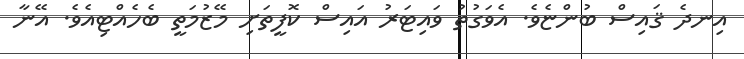
އިނދެ ޤައިސް ބުންޏެވެ. އެވަގުތު ވައިޓަރު އައިސް ކޮފީތަށި މޭޒުމަތީ ބެހެއްޓިއެވެ. އޭނާ